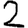
Digit: 2